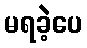
မရခဲ့ပေ